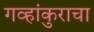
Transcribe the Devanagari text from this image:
गव्हांकुराचा